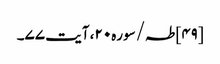
[۴۹] طہ/سوره۲۰، آیت ۷۷۔